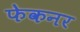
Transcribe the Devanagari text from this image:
फेकनर